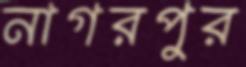
নাগরপুর